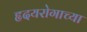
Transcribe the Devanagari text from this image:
हृदयरोगाच्या